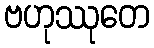
ဗဟုဿုတေ